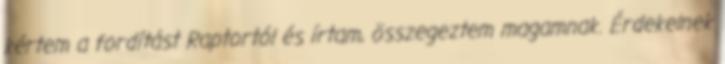
kértem a fordítást Raptortól és írtam, összegeztem magamnak. Érdekelnek